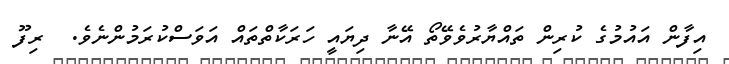
އިފާން އައުމުގެ ކުރިން ތައްޔާރުވެވޭތޯ އޭނާ ދިޔައީ ހަރަކާތްތައް އަވަސްކުރަމުންނެވެ.  ރިފޫ